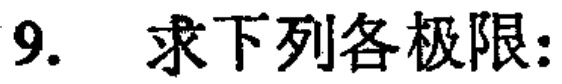
9. 求下列各极限: